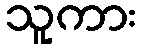
သူကား